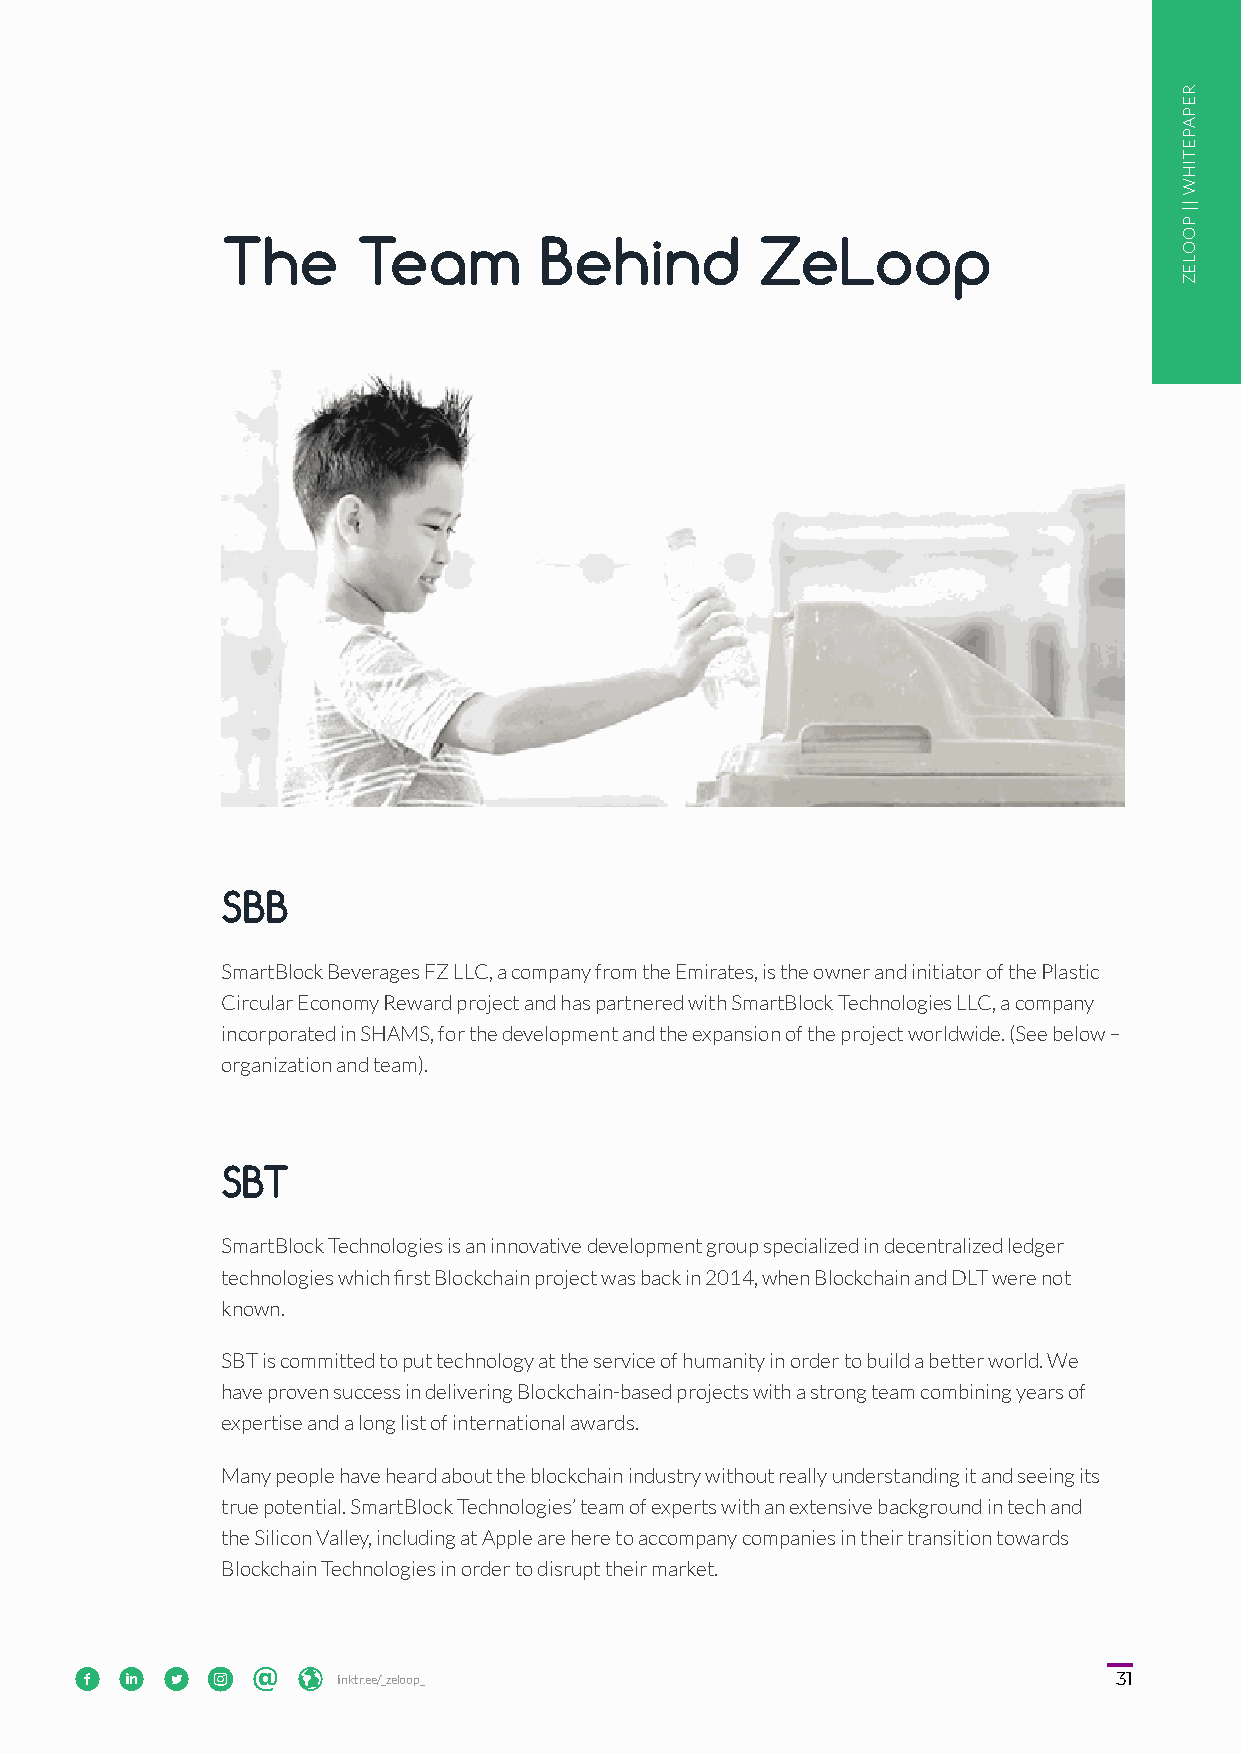
The      Team        Behind        ZeLoop
 SBB
 SmartBlock Beverages FZ LLC, a company from the Emirates, is the owner and initiator of the Plastic
 Circular Economy Reward project and has partnered with SmartBlock Technologies LLC, a company
 incorporated in SHAMS, for the development and the expansion of the project worldwide. (See below –
 organization and team).
 SBT
 SmartBlock Technologies is an innovative development group specialized in decentralized ledger
 technologies which first Blockchain project was back in 2014, when Blockchain and DLT were not
 known.
 SBT is committed to put technology at the service of humanity in order to build a better world. We
 have proven success in delivering Blockchain-based projects with a strong team combining years of
 expertise and a long list of international awards.
 Many people have heard about the blockchain industry without really understanding it and seeing its
 true potential. SmartBlock Technologies’ team of experts with an extensive background in tech and
 the Silicon Valley, including at Apple are here to accompany companies in their transition towards
 Blockchain Technologies in order to disrupt their market.
       lliinnkkttrr..eeee//__zzeelloooopp__               31
 REPAPETIHW
 ||
 POOLEZ